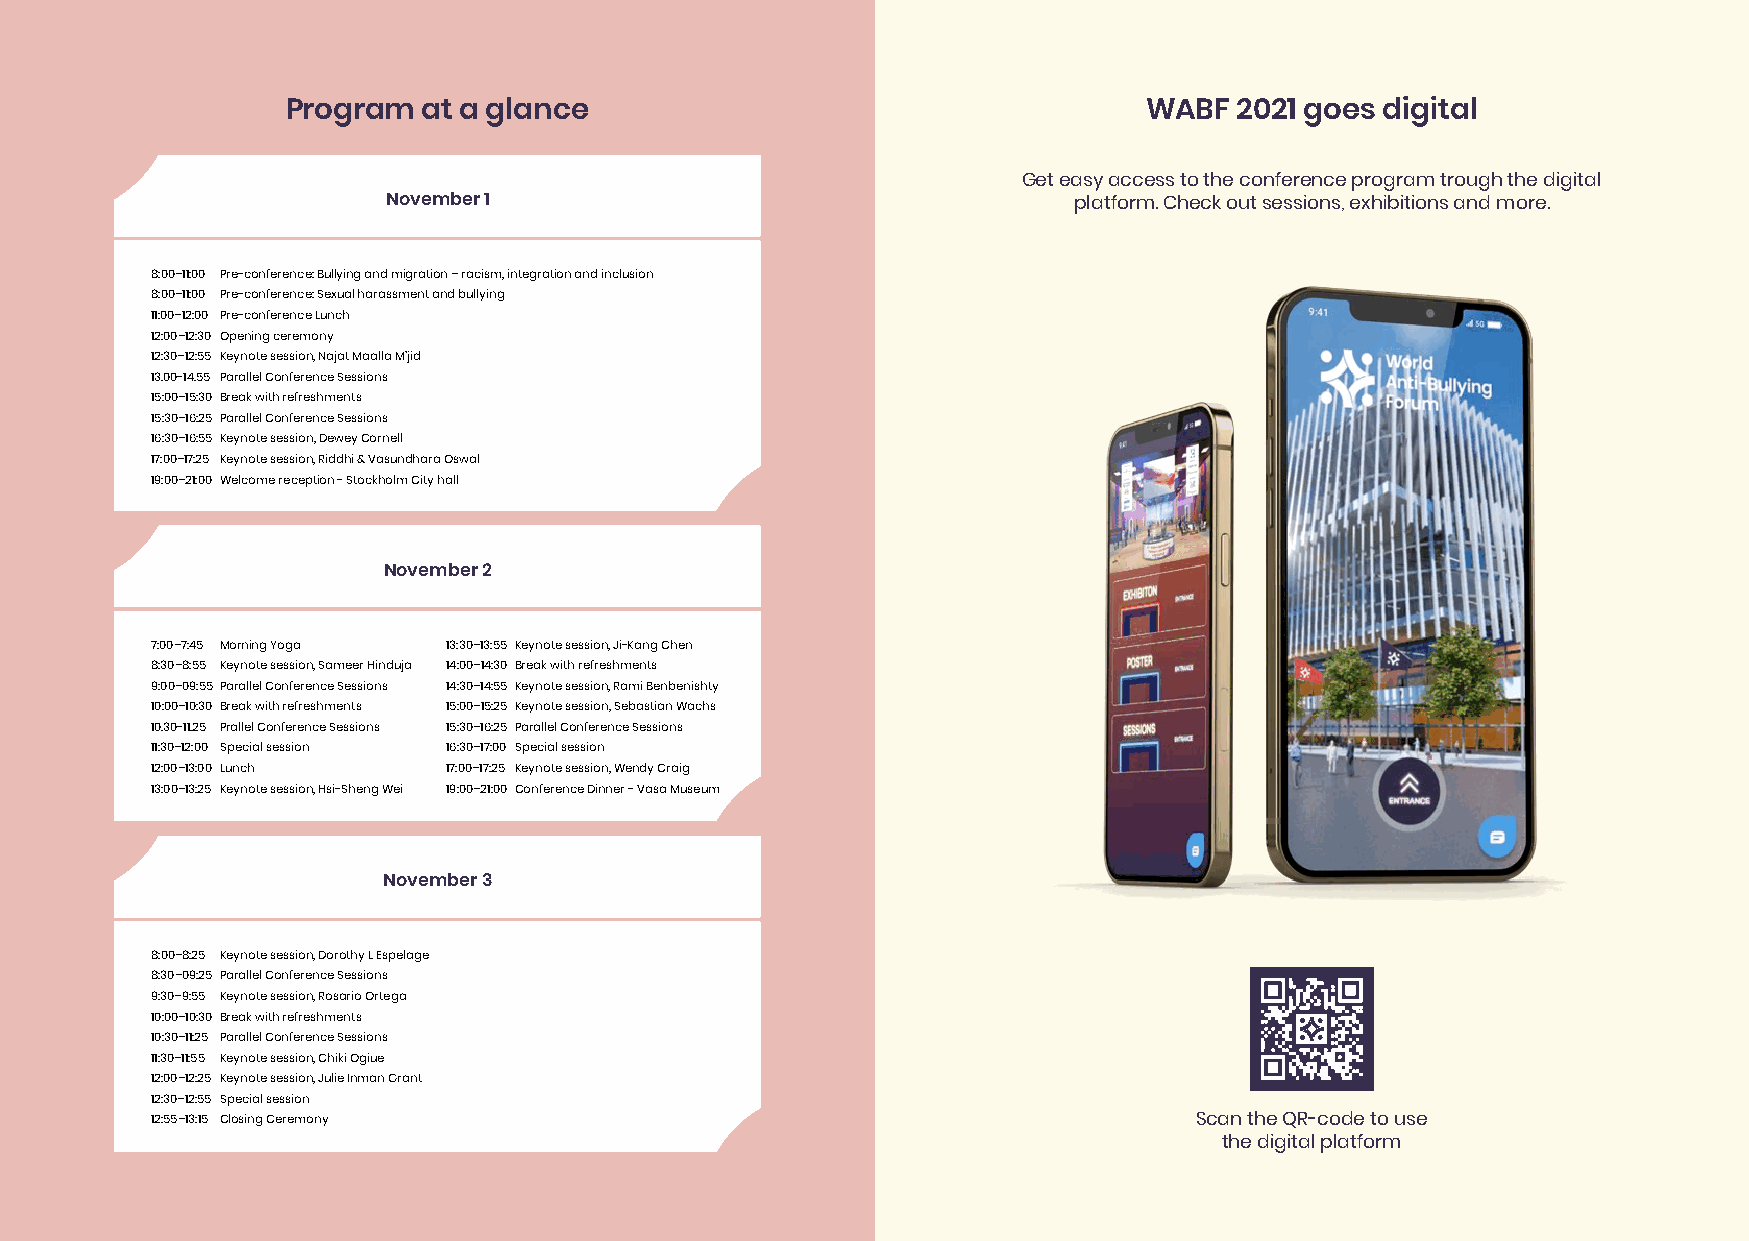
Program  at a glance                                     WABF  2021 goes digital
 Get easy access to the conference program trough the digital
 November 1                                   platform. Check out sessions, exhibitions and more.
 8:00–11:00 Pre-conference: Bullying and migration – racism, integration and inclusion
 8:00–11:00 Pre-conference: Sexual harassment and bullying
 11:00–12:00 Pre-conference Lunch
 12:00–12:30 Opening ceremony
 12:30–12:55 Keynote session, Najat Maalla M’jid
 13.00-14.55 Parallel Conference Sessions
 15:00–15:30 Break with refreshments
 15:30–16:25 Parallel Conference Sessions
 16:30–16:55 Keynote session, Dewey Cornell
 17:00–17:25 Keynote session, Riddhi & Vasundhara Oswal
 19:00–21:00 Welcome reception - Stockholm City hall
 November 2
 7:00–7:45 Morning Yoga 13:30–13:55 Keynote session, Ji-Kang Chen
 8:30–8:55 Keynote session, Sameer Hinduja 14:00–14:30 Break with refreshments
 9:00–09:55 Parallel Conference Sessions 14:30–14:55 Keynote session, Rami Benbenishty
 10:00–10:30 Break with refreshments 15:00–15:25 Keynote session, Sebastian Wachs
 10.30-11.25 Prallel Conference Sessions 15:30–16:25 Parallel Conference Sessions
 11:30–12:00 Special session 16:30–17:00 Special session
 12:00–13:00 Lunch   17:00–17:25 Keynote session, Wendy Craig
 13:00–13:25 Keynote session, Hsi-Sheng Wei 19:00–21:00 Conference Dinner - Vasa Museum
 November 3
 8:00–8:25 Keynote session, Dorothy L Espelage
 8:30–09:25 Parallel Conference Sessions
 9:30–9:55 Keynote session, Rosario Ortega
 10:00–10:30 Break with refreshments
 10:30–11:25 Parallel Conference Sessions
 11:30–11:55 Keynote session, Chiki Ogiue
 12:00–12:25 Keynote session, Julie Inman Grant
 12:30–12:55 Special session
 12:55–13:15 Closing Ceremony                                         Scan the QR-code to use
 the digital platform
 6                                                                                                              7